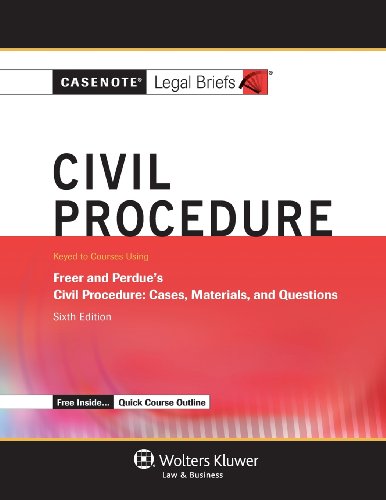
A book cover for Casenote Legal Briefs: Civil Procedure, Keyed to Freer & Perdue, Sixth Edition; Casenote Legal Briefs; Law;